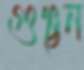
গুঞ্ছন